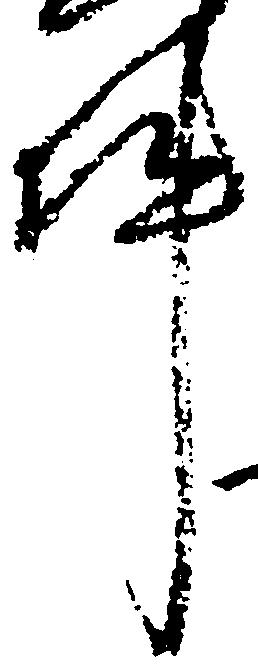
件